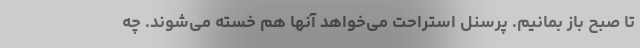
تا صبح باز بمانیم. پرسنل استراحت می‌خواهد آنها هم خسته می‌شوند. چه